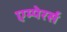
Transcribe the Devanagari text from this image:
एम्पेरर्स